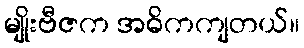
မျိုးဗီဇက အဓိကကျတယ်။